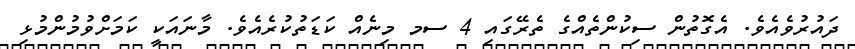
ދައުރުވެއެވެ. އެގޮތުން ސިކުންތެއްގެ ތެރޭގައި 4 ސމ މިނެއް ކަޑަތުކުރެއެވެ. މާނައަކީ ކަމަށްވުމުންމުޅި